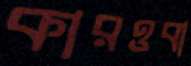
কারওবা